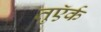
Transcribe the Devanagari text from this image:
तुऍर्क